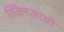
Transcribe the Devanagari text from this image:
सिंक्लेअरची